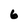
Character: 6